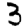
Digit: 3